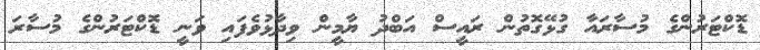
ޑޮކްޓަރުންގެ މުސާރައާ ގުޅޭގޮތުން ރައީސް އަބްދު ޔާމީން ވިދާޅުވެފައި ވަނީ ޑޮކްޓަރުންގެ މުސާރަ